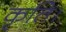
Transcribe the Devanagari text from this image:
कृति।